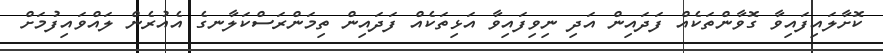
ކޮށާލައިފައިވާ ގޮވާންތަކެއް ފަދައިން އަދި ނިވިފައިވާ އަޅިތަކެއް ފަދައިން ތިމަންރަސްކަލާނގެ އެއުރެން ލައްވައިފުމަށް